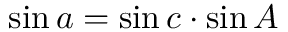
\sin a = \sin c \cdot \sin A